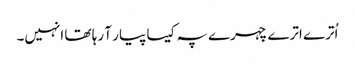
اُترے اترے چہرے پہ کیسا پیار آ رہا تھا انہیں۔